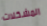
المشكلات